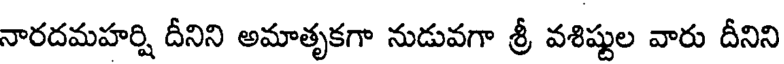
నారదమహర్షి దీనిని అమాతృకగా నుడువగా శ్రీ వశిష్టుల వారు దీనిని